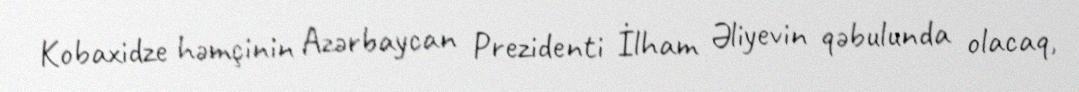
Kobaxidze həmçinin Azərbaycan Prezidenti İlham Əliyevin qəbulunda olacaq,